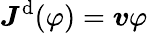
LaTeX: \boldsymbol{J}^{\mathrm{d}}(\varphi)=\boldsymbol{v}\varphi